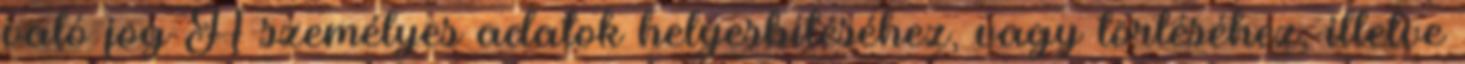
való jog A személyes adatok helyesbítéséhez, vagy törléséhez, illetve